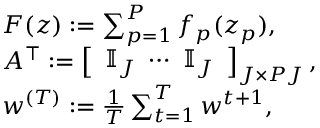
\begin{array} { r l } & { F ( z ) : = \textstyle \sum _ { p = 1 } ^ { P } f _ { p } ( z _ { p } ) , } \\ & { A ^ { \top } : = \left[ \begin{array} { l } { \mathbb { I } _ { J } \ \cdots \ \mathbb { I } _ { J } } \end{array} \right] _ { J \times P J } , } \\ & { w ^ { ( T ) } : = \textstyle \frac { 1 } { T } \sum _ { t = 1 } ^ { T } w ^ { t + 1 } , } \end{array}